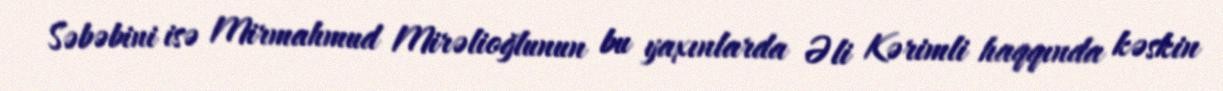
Səbəbini isə Mirmahmud Mirəlioğlunun bu yaxınlarda Əli Kərimli haqqında kəskin